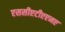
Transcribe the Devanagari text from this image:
एससीएटीएएनए